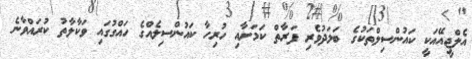
އެލްޖީއޭއަކީ ކައުންސިލްތަކުގެ ބަލަދުވެރި ފަރާތް ކަމަށާއި ހުރިހާ ކައުންސިލެއްގެ ހައްގުގައި ވަކާލާތު ކުރައްވާނެ